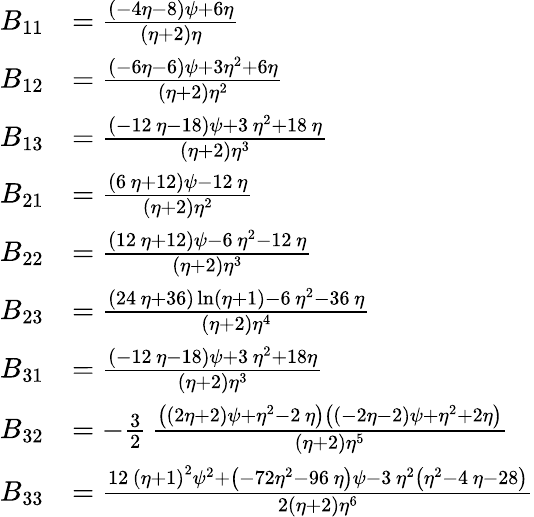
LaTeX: \begin{array}{rl}{B_{11}}&{={\frac{\left(-4\eta-8\right)\psi+6\eta}{\left(\eta+2\right)\eta}}}\\ {B_{12}}&{={\frac{\left(-6\eta-6\right)\psi+3\eta^{2}+6\eta}{\left(\eta+2\right){\eta}^{2}}}}\\ {B_{13}}&{={\frac{\left(-12\, \eta-18\right)\psi+3\, {\eta}^{2}+18\, \eta}{\left(\eta+2\right){\eta}^{3}}}}\\ {B_{21}}&{={\frac{\left(6\, \eta+12\right)\psi-12\, \eta}{\left(\eta+2\right){\eta}^{2}}}}\\ {B_{22}}&{={\frac{\left(12\, \eta+12\right)\psi-6\, {\eta}^{2}-12\, \eta}{\left(\eta+2\right){\eta}^{3}}}}\\ {B_{23}}&{={\frac{\left(24\, \eta+36\right)\ln\left(\eta+1\right)-6\, {\eta}^{2}-36\, \eta}{\left(\eta+2\right){\eta}^{4}}}}\\ {B_{31}}&{={\frac{\left(-12\, \eta-18\right)\psi+3\, {\eta}^{2}+18\eta}{\left(\eta+2\right){\eta}^{3}}}}\\ {B_{32}}&{=-\frac 32\, {\frac{\left(\left(2\eta+2\right)\psi+{\eta}^{2}-2\, \eta\right)\left(\left(-2\eta-2\right)\psi+{\eta}^{2}+2\eta\right)}{\left(\eta+2\right){\eta}^{5}}}}\\ {B_{33}}&{={\frac{12\, \left(\eta+1\right)^{2}\psi^{2}+\left(-72{\eta}^{2}-96\, \eta\right)\psi-3\, {\eta}^{2}\left({\eta}^{2}-4\, \eta-28\right)}{2\left(\eta+2\right){\eta}^{6}}}}\end{array}